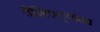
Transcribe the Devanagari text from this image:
वैशिश्ट्यांना